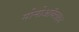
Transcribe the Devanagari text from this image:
मोनोऑक्साइद